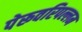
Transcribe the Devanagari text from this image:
पेरूवरिपल्लम